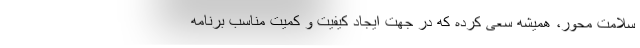
سلامت محور، همیشه سعی کرده که در جهت ایجاد کیفیت و کمیت مناسب برنامه